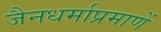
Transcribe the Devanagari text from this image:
जैनधर्माप्रमाणें